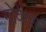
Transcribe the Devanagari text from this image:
गोकेश